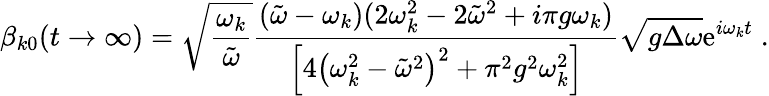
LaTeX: \beta_{k0}(t\to\infty)=\sqrt{\frac{\omega_{k}}{\tilde{\omega}}}\frac{(\tilde{\omega}-\omega_{k})(2\omega_{k}^{2}-2\tilde{\omega}^{2}+i\pi g\omega_{k})}{\left[4\left(\omega_{k}^{2}-\tilde{\omega}^{2}\right)^{2}+\pi^{2}g^{2}\omega_{k}^{2}\right]}\sqrt{g\Delta\omega}\mathrm{e}^{i\omega_{k}t}\; .